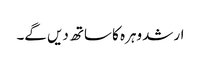
ارشد وہرہ کا ساتھ دیں گے۔